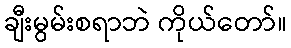
ချီးမွမ်းစရာဘဲ ကိုယ်တော်။